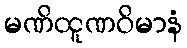
မဏိထူဏဝိမာနံ